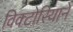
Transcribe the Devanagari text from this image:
विक्टोरियाने